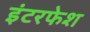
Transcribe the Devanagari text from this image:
इंटरफेश